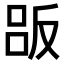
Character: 𠭤